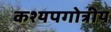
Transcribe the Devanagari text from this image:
कश्यपगोत्रीय